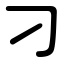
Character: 刁